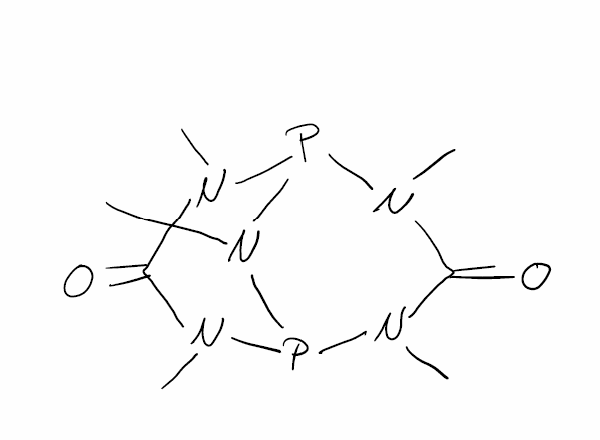
Simplified molecular-input line-entry system (SMILES) notation of the given molecule:
CN1C(=O)N(P2N(C(=O)N(P1N2C)C)C)C